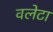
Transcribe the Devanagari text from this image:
वलेटा